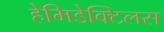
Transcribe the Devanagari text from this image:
हेमिडेक्टिलस